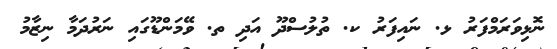
ނޮޅިވަރަމްފަރު ޅ. ނައިފަރު ކ. ތުލުސްދޫ އަދި ތ. ވޭމަންޑޫގައި ނަރުދަމާ ނިޒާމު